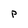
Character: P